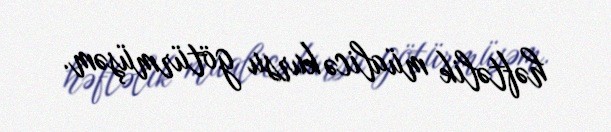
həftəlik müalicə kursu götürmüşəm.